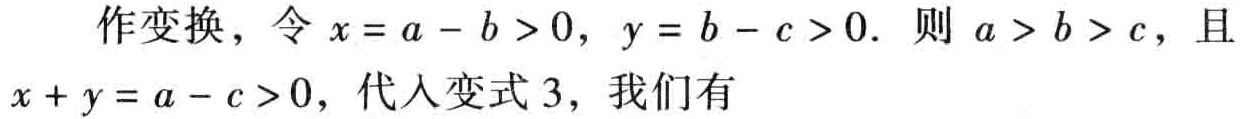
作变换，令\(x = a - b > 0\)，\(y = b - c > 0\)。则\(a > b > c\)，且\(x + y = a - c > 0\)，代入变式 3，我们有